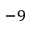
^ { - 9 }